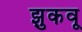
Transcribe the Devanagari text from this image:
झुकवू